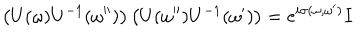
LaTeX: \left( U ( \omega ) U ^ { - 1 } ( \omega ^ { \prime \prime } ) \right) \left( U ( \omega ^ { \prime \prime } ) U ^ { - 1 } ( \omega ^ { \prime } ) \right) = \mathrm { e } ^ { i \sigma ( \omega , \omega ^ { \prime } ) } I